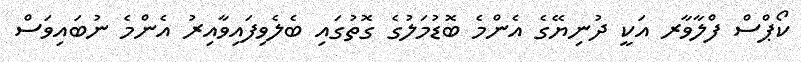
ކޯޕްސް ފްލާވާރ އަކީ ދުނިޔޭގެ އެންމެ ބޮޑުމަލުގެ ގޮތުގައި ބެލެވިފައިވާއިރު އެންމެ ނުބައިވަސް